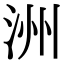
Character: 洲